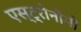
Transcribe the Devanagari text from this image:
एस्ट्रोनौमी